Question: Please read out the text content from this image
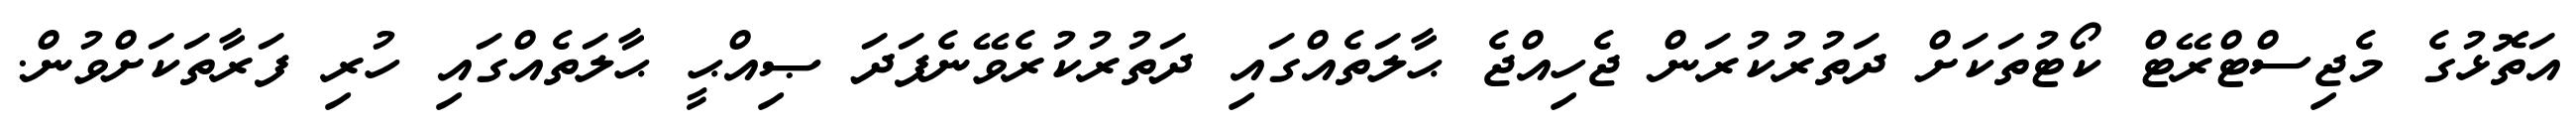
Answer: އަތޮޅުގެ މެޖިސްޓްރޭޓް ކޯޓުތަކަށް ދަތުރުކުރަން ޖެހިއްޖެ ޙާލަތެއްގައި ދަތުރުކުރެވޭނެފަދަ ޞިއްޙީ ޙާލަތެއްގައި ހުރި ފަރާތަކަށްވުން.